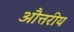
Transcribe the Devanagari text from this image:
औत्तरीय